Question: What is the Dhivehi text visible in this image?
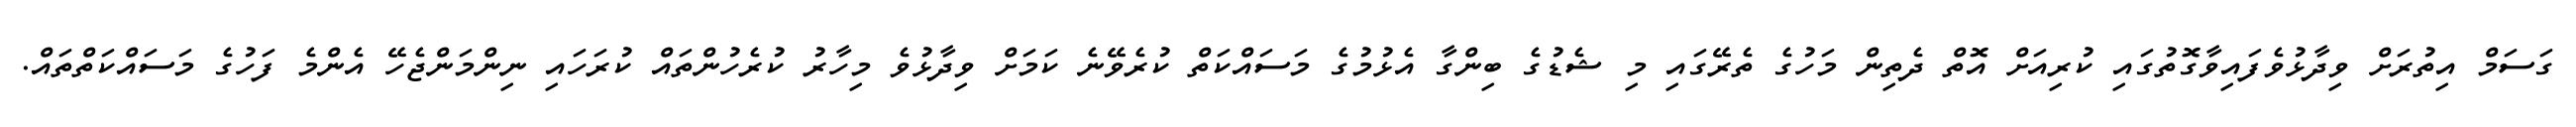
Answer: ގަސަމް އިތުރަށް ވިދާޅުވެފައިވާގޮތުގައި ކުރިއަށް އޮތް ދެތިން މަހުގެ ތެރޭގައި މި ޝެޑުގެ ބިންގާ އެޅުމުގެ މަސައްކަތް ކުރެވޭނެ ކަމަށް ވިދާޅުވެ މިހާރު ކުރެހުންތައް ކުރަހައި ނިންމަންޖެހޭ އެންމެ ފަހުގެ މަސައްކަތްތައް.